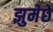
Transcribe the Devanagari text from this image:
झुमेछे